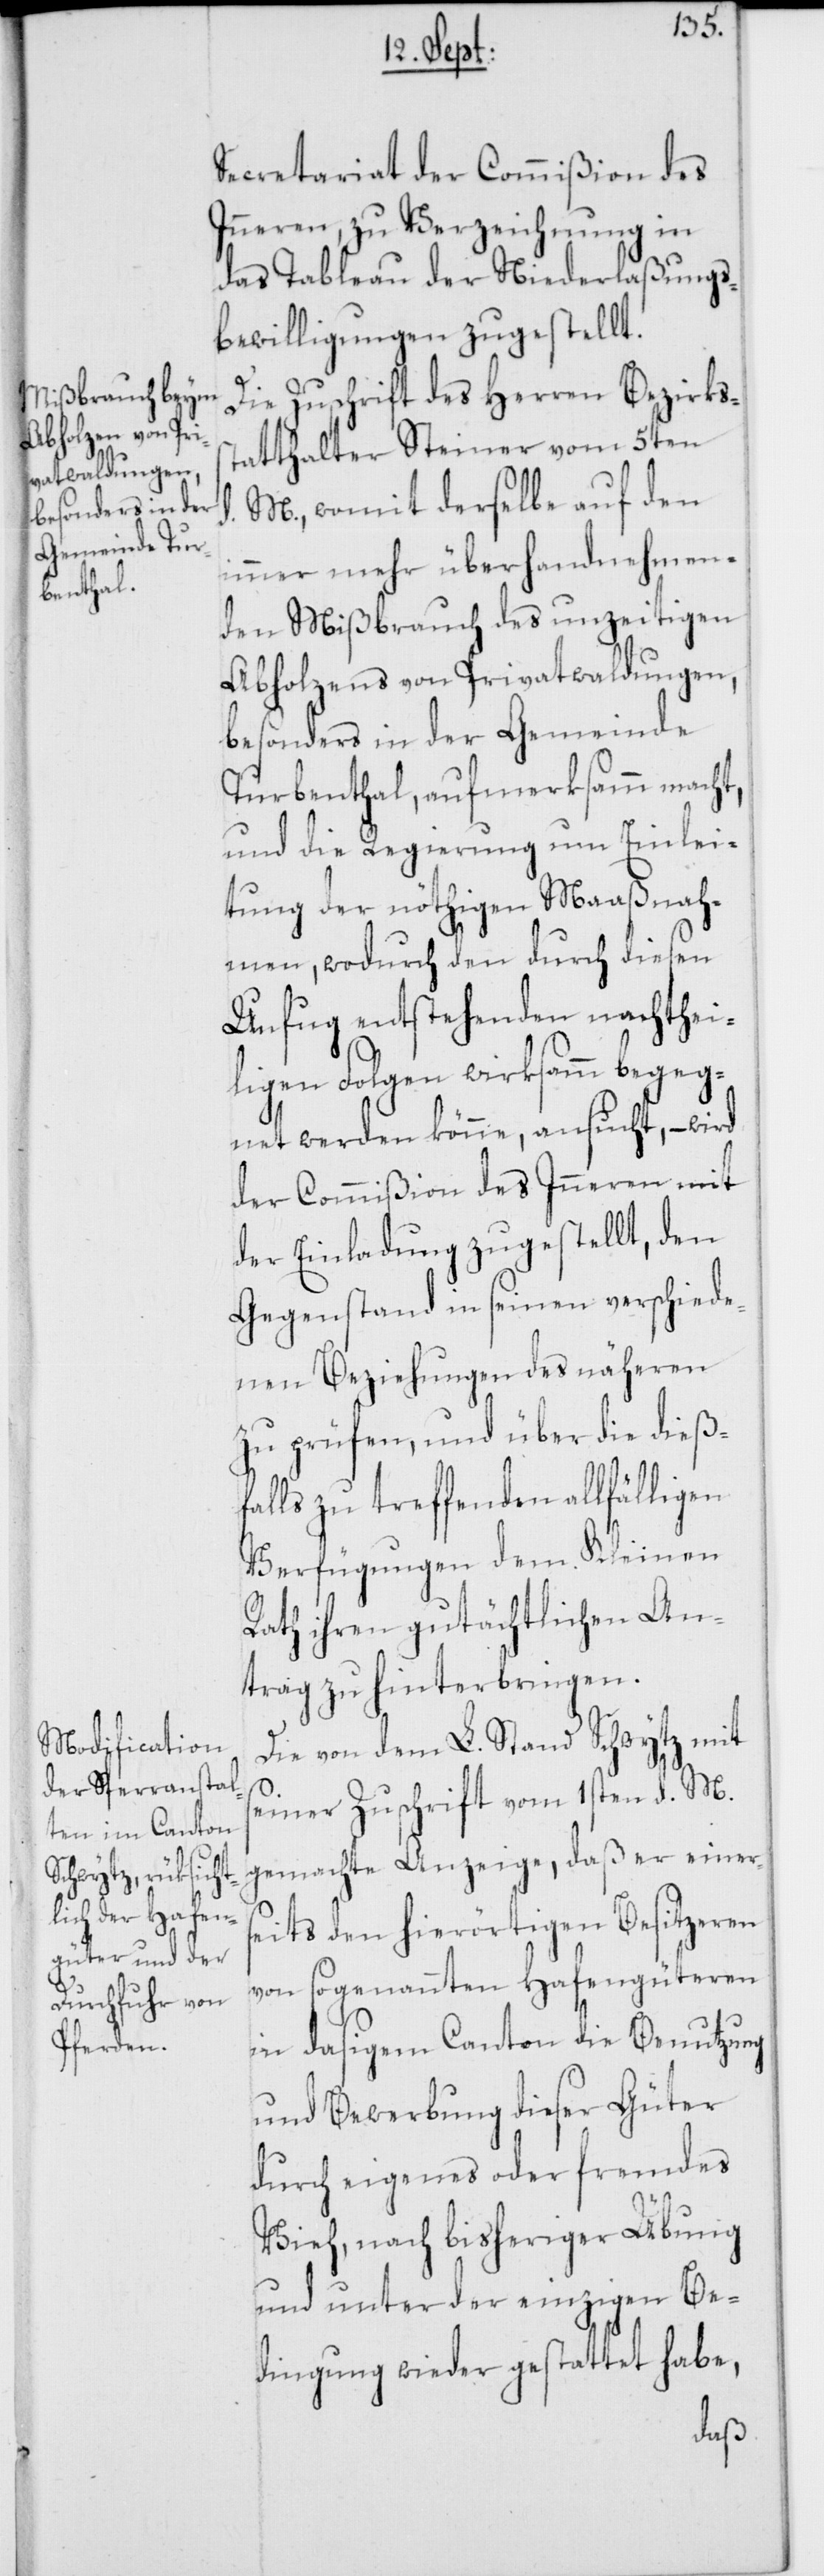
Secretariat der Commißion des
Inneren, zu Verzeichnung in
das Tableau der Niederlaßungs¬
bewilligungen zugestellt.
Die Zuschrift des Herren Bezirks¬
statthalter Steiner vom 5ten
M., womit derselbe auf den
immer mehr überhandnehmen¬
den Mißbrauch des unzeitigen
Abholzens von Privatwaldungen,
besonders in der Gemeinde
Turbenthal, aufmerksamm macht,
und die Regierung um Einlei¬
tung der nöthigen Maaßnah¬
men, wodurch den durch diesen
Unfug entstehenden nachthei¬
ligen Folgen wirksamm begeg¬
net werden könne, ansucht, – wird
der Commißion des Inneren mit
der Einladung zugestellt, den
Gegenstand in seinen verschiede¬
nen Beziehungen des näheren
zu prüfen, und über die dieß¬
falls zu treffenden allfälligen
Verfügungen dem Kleinen
Rath ihren gutächtlichen An¬
trag zu hinterbringen.
Die von dem L. Stand Schwytz mit
seiner Zuschrift vom 1sten d. M.
gemachte Anzeige, daß er einer¬
seits den hierörtigen Besitzeren
von sogenannten Hafengüteren
in dasigem Canton die Benutzung
und Bewerbung dieser Güter
durch eigenes oder fremdes
Vieh, nach bisheriger Übung
und unter der einzigen Be¬
dingung wieder gestattet habe,